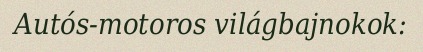
Autós-motoros világbajnokok: